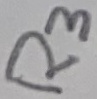
Text: R3